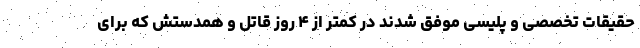
حقیقات تخصصی و پلیسی موفق شدند در کمتر از ۴ روز قاتل و همدستش که برای